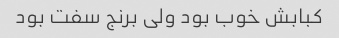
کبابش خوب بود ولی برنج سفت بود